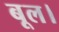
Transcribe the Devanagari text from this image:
बूल।